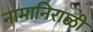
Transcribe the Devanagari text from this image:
नामानिराळी